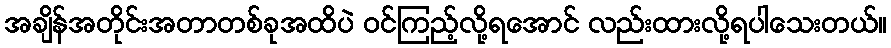
အချိန်အတိုင်းအတာတစ်ခုအထိပဲ ဝင်ကြည့်လို့ရအောင် လည်းထားလို့ရပါသေးတယ်။